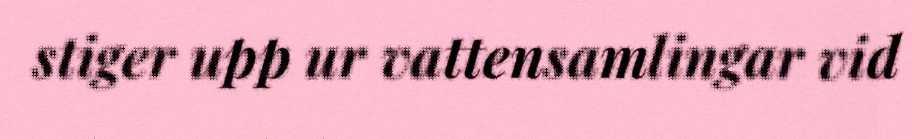
stiger upp ur vattensamlingar vid